Lunatic asylums Madras 1877-1891 - 1877-1891
Year: 1877
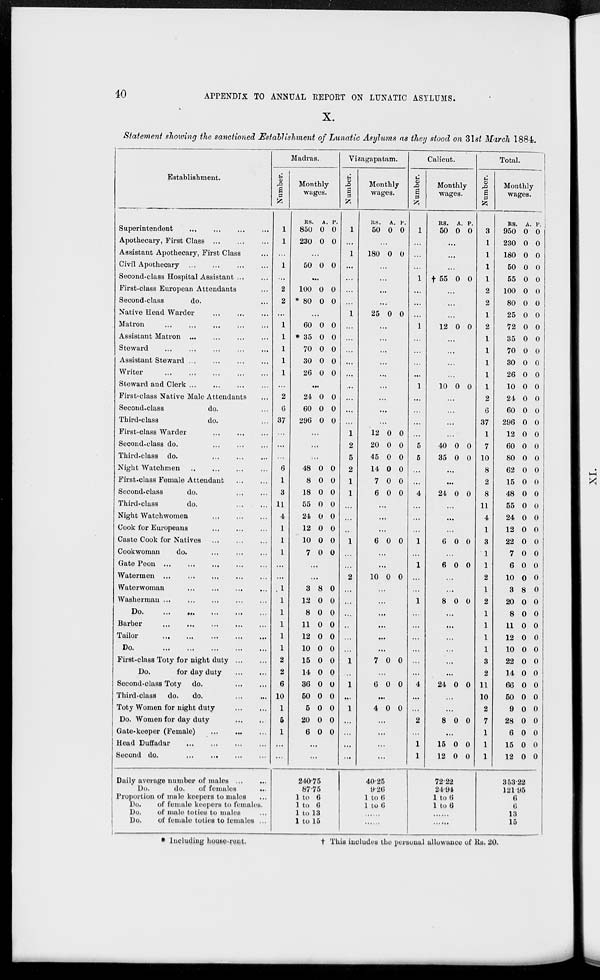
40
APPENDIX TO ANNUAL REPORT ON LUNATIC ASYLUMS.
X.
Statement showing the sanctioned Establishment of Lunatic Asylums as they stood on 31st March 1884.
Establishment.
Superintendent ... ... ... ...
Apothecary, First Class ... ... ...
Assistant Apothecary, First Class ...
Civil Apothecary ... ... ... ...
Second-class Hospital Assistant ... ...
First-class European Attendants ...
Second-class
do. ...
Native Head Warder ... ...
...
Matron
...
...
... ... ...
Assistant Matron ... ... ... ...
Steward ... ... ... ... ...
Assistant Steward ... ... ... ...
Writer ... ... ... ... ...
Steward and Clerk ... ... ... ...
First-class Native Male Attendants ...
Second-class
do. ...
Third-class
do. ...
First-class Warder ... ... ...
Second-class do. ... ... ...
Third-class do. ... ... ...
Night Watchmen ... ... ... ...
First-class Female Attendant ... ...
Second-class
do. ... ...
Third-class
do. ... ...
Night Watchwomen ... ... ...
Cook for Europeans ... ... ...
Caste Cook for Natives ... ... ...
Cookwoman
do. ... ... ...
Gate Peon ... ... ... ... ...
Watermen ... ... ... ... ...
Waterwoman ... ... ... ...
Washerman ... ... ... ... ...
Do. ... ... ... ... ...
Barber ... ... ... ... ...
Tailor ... ... ... ... ...
Do.
...
...
...
...
...
First-class Toty for night duty ... ...
Do.
for day duty ... ...
Second-class Toty do. ... ...
Third-class
do.
do. ... ...
Toty Women for night duty ... ...
Do. Women for day duty ... ...
Gate-keeper (Female) ... ... ...
Head Duffadar ... ... ... ...
Second do.
...
...
... ...
Daily average number of males ... ...
Do.
do.
of females ...
Proportion of male keepers to males ...
Do.
of female keepers to females.
Do.
of male toties to males ...
Do.
of female toties to females ...
Madras.
Number.
1
1
...
1
...
2
2
...
1
1
1
1
1
...
2
6
37
...
...
...
6
1
3
11
4
1
1
1
...
...
1
1
1
1
1
1
2
2
6
10
1
5
1
...
...
Monthly
wages.
RS.
850
230
A.
0
0
P.
0
0
...
50 0 0
...
100
* 80
0
0
0
0
...
60
* 35
70
30
26
0
0
0
0
0
0
0
0
0
0
...
24
60
296
0
0
0
0
0
0
...
...
...
48
8
18
55
24
12
10
7
0
0
0
0
0
0
0
0
0
0
0
0
0
0
0
0
...
...
3
12
8
11
12
10
15
14
36
50
5
20
6
8
0
0
0
0
0
0
0
0
0
0
0
0
0
0
0
0
0
0
0
0
0
0
0
0
0
...
...
240.75
87.75
1 to 6
1 to 6
1 to 13
1 to 15
Vizagapatam.
Number.
1
...
1
...
...
...
...
1
...
...
...
...
...
...
...
...
...
1
2
5
2
1
1
...
...
...
1
...
...
2
...
...
...
...
...
...
1
..
1
...
1
...
...
...
...
Monthly
wages.
RS.
50
A.
0
P.
0
...
180 0 0
...
...
...
...
25 0 0
...
...
...
...
...
...
...
...
...
12
20
45
14
7
6
0
0
0
0
0
0
0
0
0
0
0
0
...
...
...
6 0 0
...
...
10 0 0
...
...
...
...
...
...
7 0 0
...
6 0 0
...
4 0 0
...
...
...
...
40.25
9.26
1 to 6
1 to 6
......
......
Calicut.
Number.
1
...
...
...
1
...
...
...
1
...
...
...
...
1
...
...
...
...
5
5
...
...
4
...
...
...
1
...
1
...
...
1
...
...
...
...
...
...
4
...
...
2
...
1
1
Monthly
wages.
RS.
50
A.
0
P.
0
...
...
...
† 55 0 0
...
...
...
12 0 0
...
...
...
...
10 0 0
...
...
...
...
40
35
0
0
0
0
...
...
24 0 0
...
...
...
6 0 0
...
6 0 0
...
...
8 0 0
...
...
...
...
...
...
24 0 0
...
...
8 0 0
...
15
12
0
0
0
0
72.22
24.94
1 to 6
1 to 6
......
......
Total.
Number.
3
1
1
1
1
2
2
1
2
1
1
1
1
1
2
6
37
1
7
10
8
2
8
11
4
1
3
1
1
2
1
2
1
1
1
1
3
2
11
10
2
7
1
1
1
Monthly
wages.
RS.
950
230
180
50
55
100
80
25
72
35
70
30
26
10
24
60
296
12
60
80
62
15
48
55
24
12
22
7
6
10
3
20
8
11
12
10
22
14
66
50
9
28
6
15
12
A.
0
0
0
0
0
0
0
0
0
0
0
0
0
0
0
0
0
0
0
0
0
0
0
0
0
0
0
0
0
0
8
0
0
0
0
0
0
0
0
0
0
0
0
0
0
P.
0
0
0
0
0
0
0
0
0
0
0
0
0
0
0
0
0
0
0
0
0
0
0
0
0
0
0
0
0
0
0
0
0
0
0
0
0
0
0
0
0
0
0
0
0
353.22
121.95
6
6
13
15
* Including house-rent.
†
This includes the personal allowance of Rs. 20.